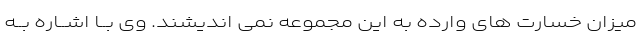
میزان خسارت هاى وارده به این مجموعه نمى اندیشند. وى بــا اشــاره بــه